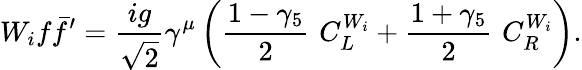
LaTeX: W_{i}f\bar{f}^{\prime}=\frac{ig}{\sqrt{2}}\gamma^{\mu}\left(\frac{1-\gamma_{5}}{2}\, \, C_{L}^{W_{i}}+\frac{1+\gamma_{5}}{2}\, \, C_{R}^{W_{i}}\right).